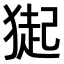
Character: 𤠳